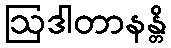
ဩဒါတာနန္တိ